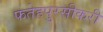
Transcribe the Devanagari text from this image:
फतेहपुरसीकरी